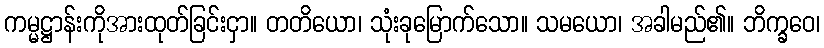
ကမ္မဋ္ဌာန်းကိုအားထုတ်ခြင်းငှာ။ တတိယော၊ သုံးခုမြောက်သော။ သမယော၊ အခါမည်၏။ ဘိက္ခဝေ၊